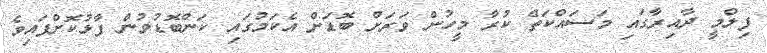
ފިލްމީ ދާއިރާގައި މަސައްކަތް ކުރާ މީހުން ވަރަށް ބޮޑަށް އެކަމުގައި ކަންބޮޑުވުން ފާޅުކޮށްފައިވެ